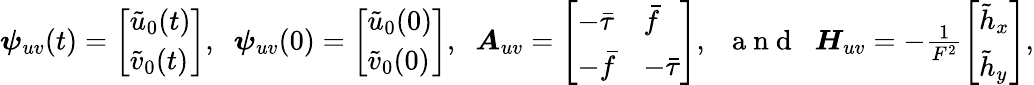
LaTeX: \begin{array}{r}{\boldsymbol{\psi}_{uv}(t)=\left[\begin{array}{l}{\tilde{u}_{0}(t)}\\ {\tilde{v}_{0}(t)}\end{array}\right],\; \; \boldsymbol{\psi}_{uv}(0)=\left[\begin{array}{l}{\tilde{u}_{0}(0)}\\ {\tilde{v}_{0}(0)}\end{array}\right],\; \; \boldsymbol{A}_{uv}=\left[\begin{array}{ll}{-\bar{\tau}}&{\bar{f}}\\ {-\bar{f}}&{-\bar{\tau}}\end{array}\right],\; \; \mathrm{~a~n~d~}\; \; \boldsymbol{H}_{uv}=-\frac{1}{F^{2}}\left[\begin{array}{l}{\tilde{h}_{x}}\\ {\tilde{h}_{y}}\end{array}\right],}\end{array}